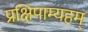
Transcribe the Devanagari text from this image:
प्रक्षिपाम्यहम्